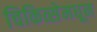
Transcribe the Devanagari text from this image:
चिकित्सेमधून